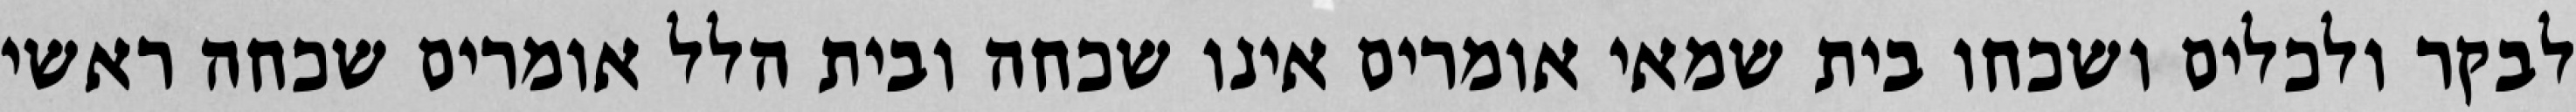
לבקר ולכלים ושכחו בית שמאי אומרים אינו שכחה ובית הלל אומרים שכחה ראשי